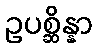
ဥပစ္ဆိန္နာ